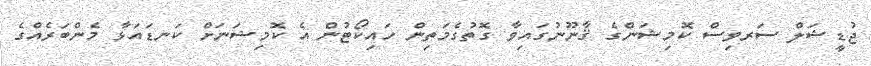
ޖުޑީޝަލް ސަރވިސް ކޮމިޝަންގެ ޤާނޫނުގައިވާ ގޮތުގެމަތިން ހައިކޯޓުން އެ ކޮމިޝަނަށް ކަނޑައަޅާ މެންބަރެއްގެ